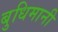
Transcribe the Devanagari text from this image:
बुधिमानी